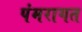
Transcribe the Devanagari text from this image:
पंमरागत